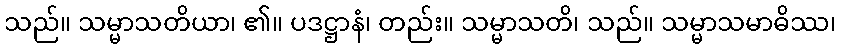
သည်။ သမ္မာသတိယာ၊ ၏။ ပဒဋ္ဌာနံ၊ တည်း။ သမ္မာသတိ၊ သည်။ သမ္မာသမာဓိဿ၊